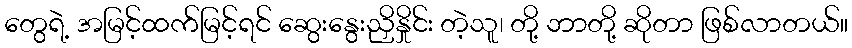
တွေရဲ့ အမြင့်ထက်မြင့်ရင် ဆွေးနွေးညှိနှိုင်း တဲ့သူ၊ တို့ ဘာတို့ ဆိုတာ ဖြစ်လာတယ်။